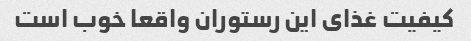
کیفیت غذای این رستوران واقعا خوب است